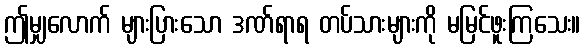
ဤမျှလောက် များပြားသော ဒဏ်ရာရ တပ်သားများကို မမြင်ဖူးကြသေး။